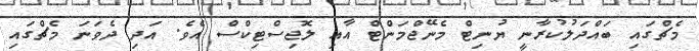
މެޗްގައި ބައްދަލުކުރާނީ ޔުނިޓް މެނޭޖްމަންޓް އާއި ލޮޖިސްޓިކްސް އެވެ. އަދި ދެވަނަ މެޗްގައި